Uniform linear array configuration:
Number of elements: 12
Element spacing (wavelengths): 0.5
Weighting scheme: exponential
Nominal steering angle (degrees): -30
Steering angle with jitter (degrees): -28.69
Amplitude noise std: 0.05
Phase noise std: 0.05

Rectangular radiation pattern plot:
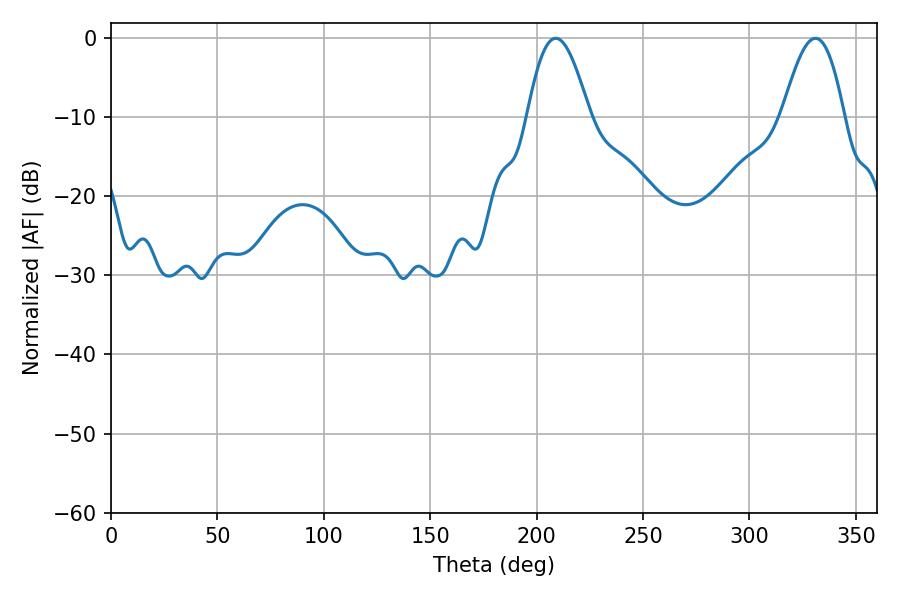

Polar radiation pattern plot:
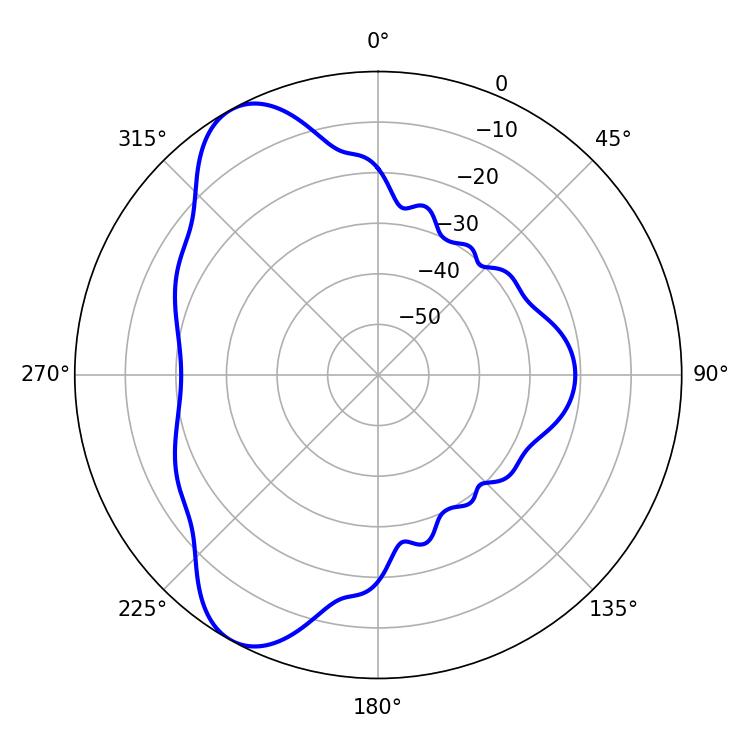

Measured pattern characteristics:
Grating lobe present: FALSE
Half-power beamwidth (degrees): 15.84
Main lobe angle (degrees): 208.98